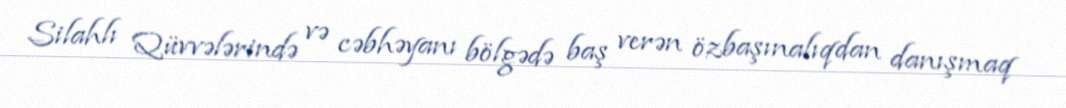
Silahlı Qüvvələrində və cəbhəyanı bölgədə baş verən özbaşınalıqdan danışmaq